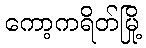
ကော့ကရိတ်မြို့